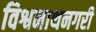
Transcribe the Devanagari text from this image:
विश्वनाथनगरी